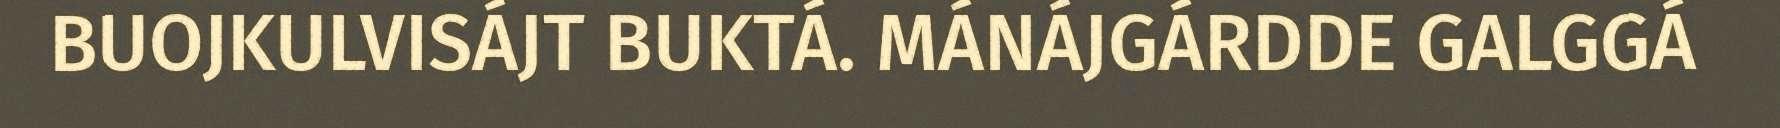
BUOJKULVISÁJT BUKTÁ. MÁNÁJGÁRDDE GALGGÁ